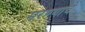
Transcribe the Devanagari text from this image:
मरण्याचे